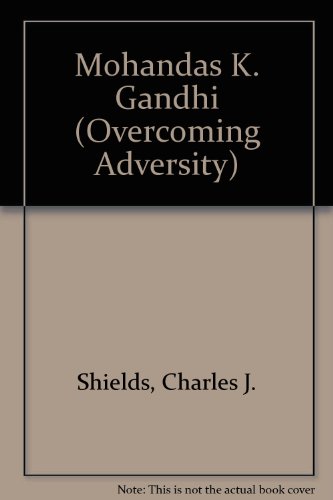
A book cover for Mohandas K. Gandhi (OA) (Z) (Overcoming Adversity); Charles J. Shields; Teen & Young Adult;